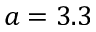
a = 3 . 3